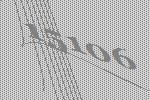
15106